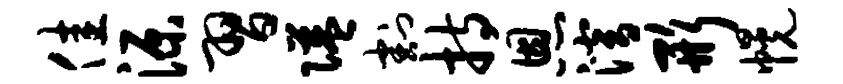
佳源习隘割持恩潜形幌